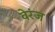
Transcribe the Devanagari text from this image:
वेरंज